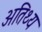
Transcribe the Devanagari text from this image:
अतिथ्य